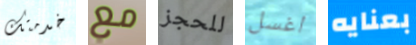
خدمتك مع للحجز اغسل بعنايه